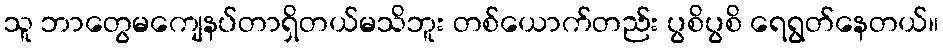
သူ ဘာတွေမကျေနပ်တာရှိတယ်မသိဘူး တစ်ယောက်တည်း ပွစိပွစိ ရေရွတ်နေတယ်။